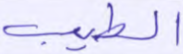
الطيب